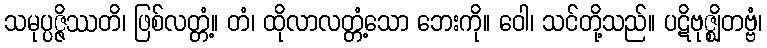
သမုပ္ပဇ္ဇိဿတိ၊ ဖြစ်လတ္တံ့။ တံ၊ ထိုလာလတ္တံ့သော ဘေးကို။ ဝေါ၊ သင်တို့သည်။ ပဋိဗုဇ္ဈိတဗ္ဗံ၊